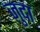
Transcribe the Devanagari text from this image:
ज़ुदा